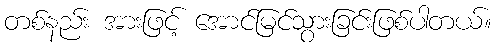
တစ်နည်း အားဖြင့် အောင်မြင်သွားခြင်းဖြစ်ပါတယ်။